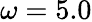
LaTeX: \omega=5.0